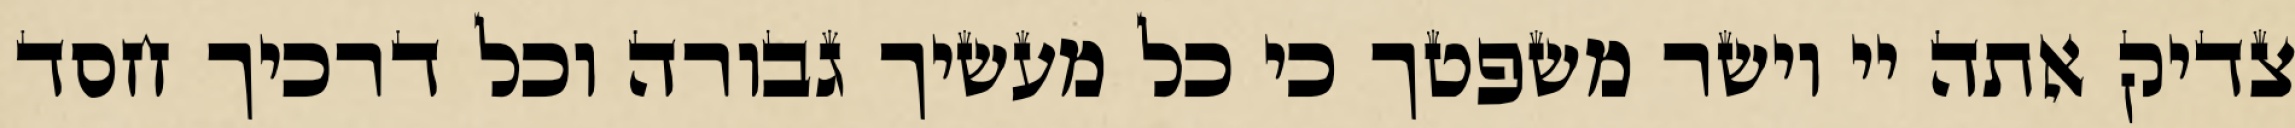
צדיק אתה יי וישר משפטך כי כל מעשיך גבורה וכל דרכיך חסד